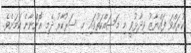
ކުރައްވަ ފައްޔާޒު ވިދާޅުވީ މި މަސައްކަތުގައި މި ސަރުކާރު ދެމި އޮންނާނެ ކަމަށެވެ.